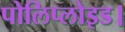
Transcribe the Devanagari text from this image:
पोलिप्लोइड।